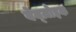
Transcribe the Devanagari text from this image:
बेन्ज़ोइक